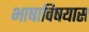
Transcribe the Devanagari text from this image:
भाषाविषयास